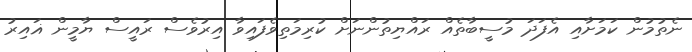
ނެތުމުން ކަމަށާއި އެފަދަ މުސީބާތެއް ރައްޔިތުންނަށް ކުރިމަތިވެފައިވާ އިރުވެސް ރައީސް ޔާމީން ޣައިރު